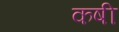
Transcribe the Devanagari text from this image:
कषी